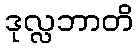
ဒုလ္လဘာတိ